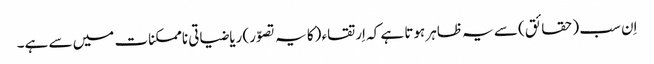
اِن سب (حقائق) سے یہ ظاہر ہوتا ہے کہ اِرتقاء (کا یہ تصوّر) ریاضیاتی ناممکنات میں سے ہے۔